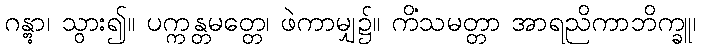
ဂန္တွာ၊ သွား၍။ ပက္ကန္တမတ္တေ၊ ဖဲကာမျှ၌။ ကိံသမတ္တာ အာရညိကာဘိက္ခူ၊